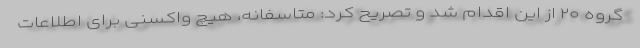
گروه ۲۰ از این اقدام شد و تصریح کرد: متاسفانه، هیچ واکسنی برای اطلاعات